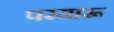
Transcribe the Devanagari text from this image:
परयारू